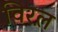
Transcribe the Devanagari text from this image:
विरल़